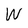
Character: W